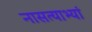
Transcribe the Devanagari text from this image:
नासत्याभ्यां